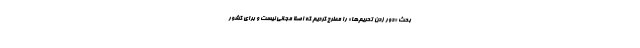
بحث «دور زدن تحریم‌ها» را مطرح کردیم که اصلا مجانی نیست و برای کشور